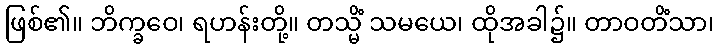
ဖြစ်၏။ ဘိက္ခဝေ၊ ရဟန်းတို့။ တသ္မိံ သမယေ၊ ထိုအခါ၌။ တာဝတိံသာ၊